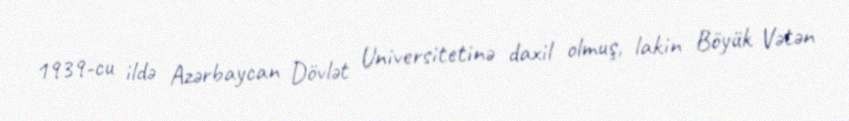
1939-cu ildə Azərbaycan Dövlət Universitetinə daxil olmuş, lakin Böyük Vətən